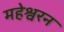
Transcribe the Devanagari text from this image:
महेश्वरन